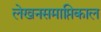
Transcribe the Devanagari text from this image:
लेखनसमाप्तिकाल